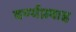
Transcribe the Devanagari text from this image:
वर्ण्यप्रवाह